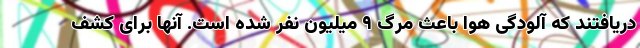
دریافتند که آلودگی هوا باعث مرگ ۹ میلیون نفر شده است. آنها برای کشف